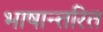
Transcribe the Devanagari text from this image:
भाषान्तरित